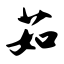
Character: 茹